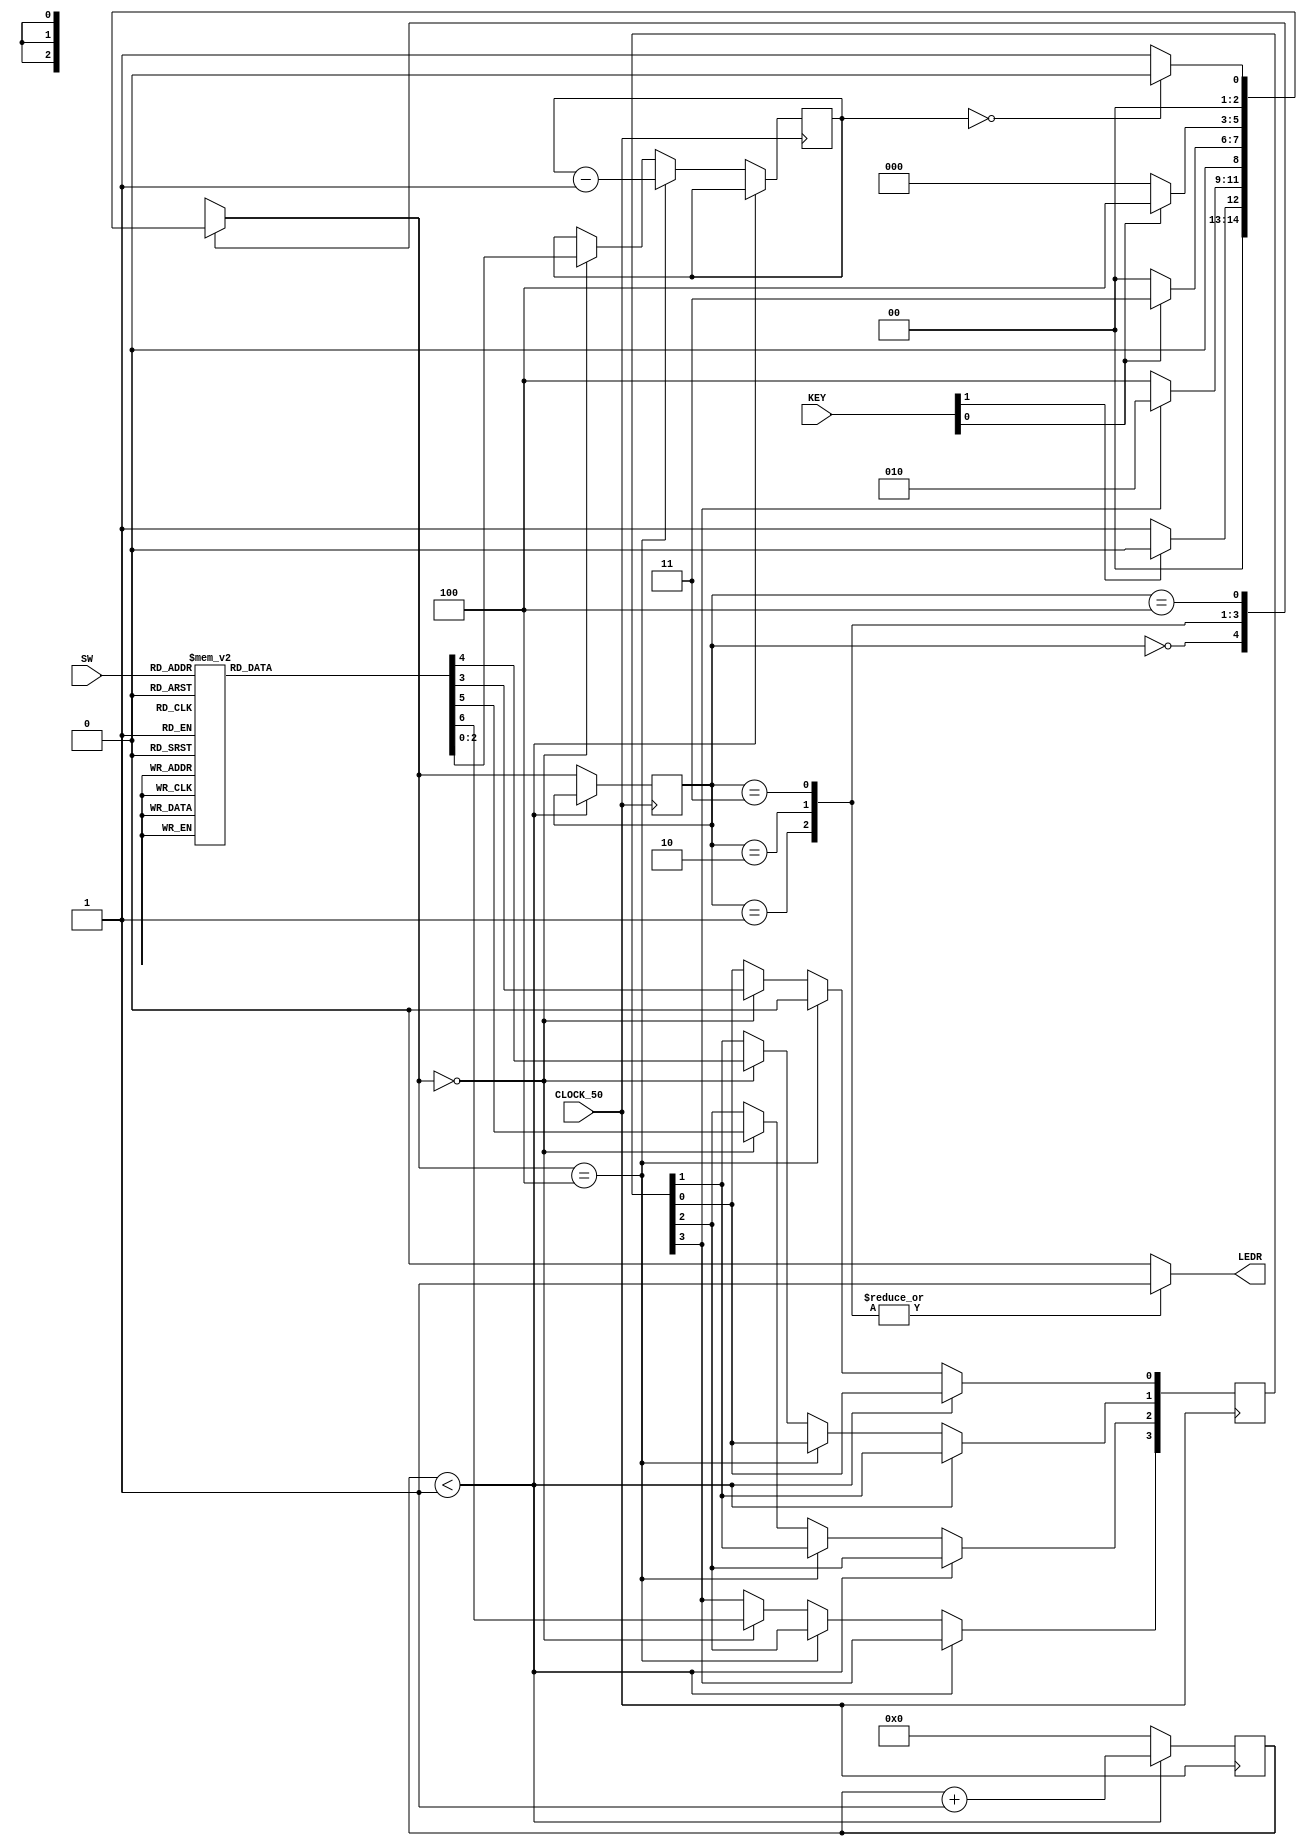
module Lab6(SW,KEY,CLOCK_50,LEDR); 
 	input [2:0] SW; // for letter selection 
 	input [1:0] KEY; // Start & Asynchronous ResetN 
 	input CLOCK_50; // 50MHz clock 
 	output [0:0] LEDR; // Outputs Morse Code  
 	 	 
	reg [25:0] count;	//counts 50 MHz clock signals to 0.5 seconds  
	reg [2:0] length;	//morse code length  (from 1-4) 
 	reg [2:0] counter;	//morse code length counter (from 1-4) 
 	reg [3:0] M;	//morse code, 1 = dash, 0 = dot 
 	reg [3:0] Q;	//shift register outputs, Q[3] is the input to the FSM 
 	reg z;			//output to ledr 
 	 
 	reg[2:0] y, Y;	//y represents current state, Y represents next state 
 	// Letter representation of SW[2:0] input   
 	parameter Jc = 3'b000, Kc = 3'b001, Lc = 3'b010, Mc = 3'b011, Nc = 3'b100, Oc = 3'b101, Pc = 3'b110, Qc = 3'b111; 
 	// States using minimum state encoding  
 	parameter A = 3'b000, B = 3'b001, C = 3'b010, D = 3'b011, E = 3'b100;  
 		 
 	assign LEDR = z; 
 	 
 	always @(SW) // anytime user changes his selection, reset length of word and its output form  
 	begin: letter_selection 
 		case(SW[2:0]) 
 			Jc: begin 
 					length = 3'b100; 
 					M = 4'b0111; 
 				end 
 			Kc: begin 
 					length = 3'b011; 
 					M = 4'b1010; 
 				end 
 			Lc: begin 
 					length = 3'b100; 
 					M = 4'b0100; 
 				end 
 			Mc: begin 
 					length = 3'b010; 
 					M = 4'b1100; 
 				end 
 			Nc: begin 
 					length = 3'b010; 
 					M = 4'b1000; 
 				end 
 			Oc: begin 
 					length = 3'b011; 
 					M = 4'b1110; 
 				end 
 			Pc: begin 
 					length = 3'b100; 
 					M = 4'b0110; 
 				end 
 			Qc: begin 
 					length = 3'b100; 
 					M = 4'b1101; 
 				end 
 		endcase 
 	end	//letter_selection 
 	 
 //State Table 
 	// anytime register changes shift output, reset/start is pressed,  
 	// when counter decrements cause 1 symbol is shown or current state changes  
 	always @(Q[3], KEY[1:0], counter, y)  
 													 
 	begin: state_table 
 		case (y) 
 			// State A = Idle State  
 			A: if (!KEY[1]) Y = B; // if start is pressed, go to state B  
 				else Y = A; // else, remain idle at state A  
 			// State B => State Selection State   
 			B: if (!Q[3]) Y = E; // if next Symbol is 0, go to state E (outputs 0.5sec) 
 				else Y = C; // if next Symbol is 1, go to state C (outputs 0.5sec) 
 			// B -> C -> D -> => 1.5 seconds => dash  
 			C: if (!KEY[0]) Y = A; // as long as reset is pressed, go to state A 
 				else Y = D;			// else, go to state D 
 			D: if (!KEY[0]) Y = A; // as long as reset is pressed, go to state A 
 				else Y = E;			// else, go to state E  
			// B -> E 			 => 0.5 seconds => dot // the transition turns on LED for 0.5 seconds  
 			E: if (counter == 0) Y = A; // if counter is 0, no more symbols, go to state A 
 				else Y = B;					// else, go to state B  
 		default: Y = 3'bxxx; // In case of weird behaviour  
 		endcase 
 	end	//state table 
 	 
 	//clock counter 
 	always @(posedge CLOCK_50) 
 	begin 
 		if (count < 1) // at every 0.5 seconds, activate   
 			count <= count + 1; 
 		else 
 		begin 
 			count <= 0; 
 			y <= Y; // go to next state  
 			if (Y == A) begin // if next state is A, update counter to length and pattern to M  
 				counter <= length; 
 				Q <= M; 
 			end 
 			if (Y == E) begin    // if state E  
 				counter <= counter - 1; // deduct counter  
 				// Shift pattern  
 				Q[3] <= Q[2]; 
 				Q[2] <= Q[1];  
 				Q[1] <= Q[0]; 
 				Q[0] <= 1'b0; 
 			end 
 		end 
 	end 
 	 
 	//assign LEDR[0] = ~(~y[0]&~y[1]); 
 	 
 	// LED output based on current state  
 	always @(y) 
 	begin: zassign 
 		case (y) 
 			B: z = 1; // turn on output  
 			C: z = 1; // turn on output  
 			D: z = 1; // turn on output  
 			default: z = 0; // off output at States E or A  
 		endcase 
	end 
endmodule